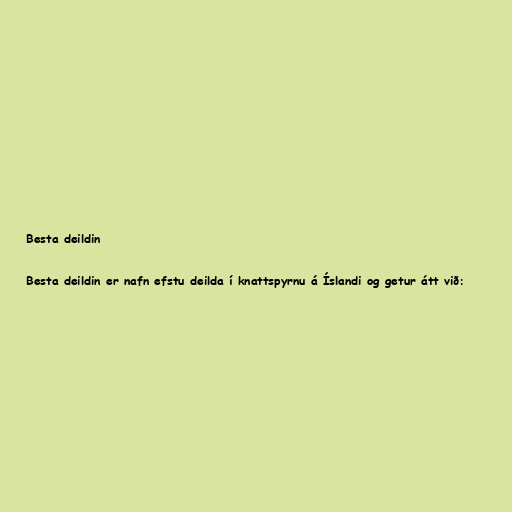
Besta deildin

Besta deildin er nafn efstu deilda í knattspyrnu á Íslandi og getur átt við: